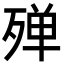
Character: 殚